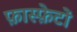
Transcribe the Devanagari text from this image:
फ़ास्फ़ेटों